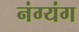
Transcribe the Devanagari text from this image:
नंग्यंग